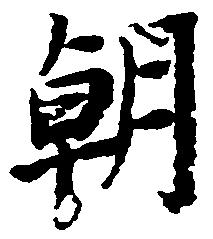
朝